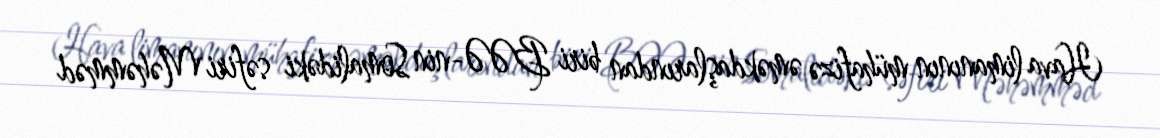
Hava limanının mühafizə əməkdaşlarından biri BƏƏ-nin Somalidəki səfiri Məhəmməd